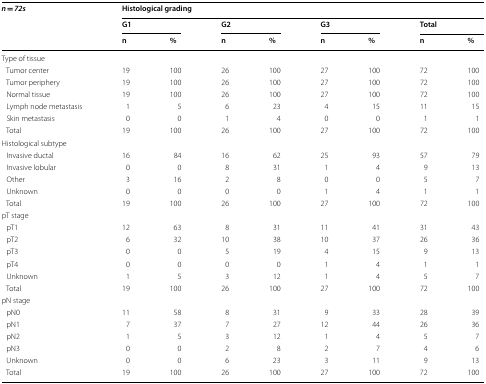
<table><thead><tr><td rowspan="3"><b><i>n</i> = <i>72s</i></b></td><td colspan="8"><b>Histological grading</b></td></tr><tr><td colspan="2"><b>G1</b></td><td colspan="2"><b>G2</b></td><td colspan="2"><b>G3</b></td><td colspan="2"><b>Total</b></td></tr><tr><td><b>n</b></td><td><b>%</b></td><td><b>n</b></td><td><b>%</b></td><td><b>n</b></td><td><b>%</b></td><td><b>n</b></td><td><b>%</b></td></tr></thead><tbody><tr><td colspan="9">Type of tissue</td></tr><tr><td> Tumor center</td><td>19</td><td>100</td><td>26</td><td>100</td><td>27</td><td>100</td><td>72</td><td>100</td></tr><tr><td> Tumor periphery</td><td>19</td><td>100</td><td>26</td><td>100</td><td>27</td><td>100</td><td>72</td><td>100</td></tr><tr><td> Normal tissue</td><td>19</td><td>100</td><td>26</td><td>100</td><td>27</td><td>100</td><td>72</td><td>100</td></tr><tr><td> Lymph node metastasis</td><td>1</td><td>5</td><td>6</td><td>23</td><td>4</td><td>15</td><td>11</td><td>15</td></tr><tr><td> Skin metastasis</td><td>0</td><td>0</td><td>1</td><td>4</td><td>0</td><td>0</td><td>1</td><td>1</td></tr><tr><td> Total</td><td>19</td><td>100</td><td>26</td><td>100</td><td>27</td><td>100</td><td>72</td><td>100</td></tr><tr><td colspan="9">Histological subtype</td></tr><tr><td> Invasive ductal</td><td>16</td><td>84</td><td>16</td><td>62</td><td>25</td><td>93</td><td>57</td><td>79</td></tr><tr><td> Invasive lobular</td><td>0</td><td>0</td><td>8</td><td>31</td><td>1</td><td>4</td><td>9</td><td>13</td></tr><tr><td> Other</td><td>3</td><td>16</td><td>2</td><td>8</td><td>0</td><td>0</td><td>5</td><td>7</td></tr><tr><td> Unknown</td><td>0</td><td>0</td><td>0</td><td>0</td><td>1</td><td>4</td><td>1</td><td>1</td></tr><tr><td> Total</td><td>19</td><td>100</td><td>26</td><td>100</td><td>27</td><td>100</td><td>72</td><td>100</td></tr><tr><td colspan="9">pT stage</td></tr><tr><td> pT1</td><td>12</td><td>63</td><td>8</td><td>31</td><td>11</td><td>41</td><td>31</td><td>43</td></tr><tr><td> pT2</td><td>6</td><td>32</td><td>10</td><td>38</td><td>10</td><td>37</td><td>26</td><td>36</td></tr><tr><td> pT3</td><td>0</td><td>0</td><td>5</td><td>19</td><td>4</td><td>15</td><td>9</td><td>13</td></tr><tr><td> pT4</td><td>0</td><td>0</td><td>0</td><td>0</td><td>1</td><td>4</td><td>1</td><td>1</td></tr><tr><td> Unknown</td><td>1</td><td>5</td><td>3</td><td>12</td><td>1</td><td>4</td><td>5</td><td>7</td></tr><tr><td> Total</td><td>19</td><td>100</td><td>26</td><td>100</td><td>27</td><td>100</td><td>72</td><td>100</td></tr><tr><td colspan="9">pN stage</td></tr><tr><td> pN0</td><td>11</td><td>58</td><td>8</td><td>31</td><td>9</td><td>33</td><td>28</td><td>39</td></tr><tr><td> pN1</td><td>7</td><td>37</td><td>7</td><td>27</td><td>12</td><td>44</td><td>26</td><td>36</td></tr><tr><td> pN2</td><td>1</td><td>5</td><td>3</td><td>12</td><td>1</td><td>4</td><td>5</td><td>7</td></tr><tr><td> pN3</td><td>0</td><td>0</td><td>2</td><td>8</td><td>2</td><td>7</td><td>4</td><td>6</td></tr><tr><td> Unknown</td><td>0</td><td>0</td><td>6</td><td>23</td><td>3</td><td>11</td><td>9</td><td>13</td></tr><tr><td> Total</td><td>19</td><td>100</td><td>26</td><td>100</td><td>27</td><td>100</td><td>72</td><td>100</td></tr></tbody></table>